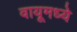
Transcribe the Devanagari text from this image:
वायूमध्ये